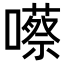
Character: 𡂠